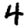
Digit: 4